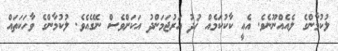
ލުކުމާންގެ ލެއެއްނޫނެވެ. އެއީ ކާކުކަމެއް ޚުދު އަރުޖަމަންދު އަކަށްވެސް ނޭގެއެވެ. ލުކުމާންގެ ވާހަކަތައް